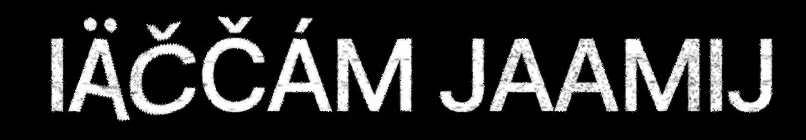
IÄČČÁM JAAMIJ